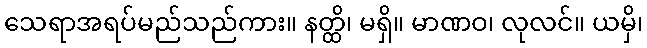
သေရာအရပ်မည်သည်ကား။ နတ္ထိ၊ မရှိ။ မာဏဝ၊ လုလင်။ ယမှိ၊